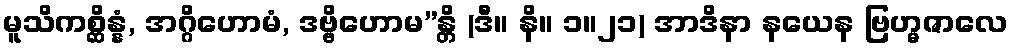
မူသိကစ္ဆိန္နံ, အဂ္ဂိဟောမံ, ဒဗ္ဗိဟောမ”န္တိ (ဒီ။ နိ။ ၁။၂၁) အာဒိနာ နယေန ဗြဟ္မဇာလေ